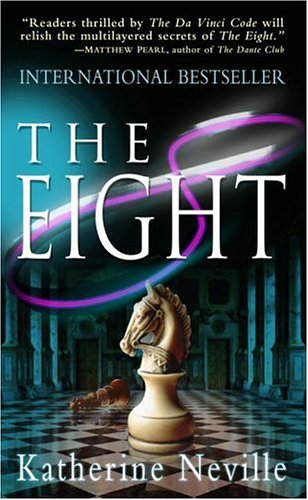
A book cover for The Eight; Katherine Neville; Mystery, Thriller & Suspense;